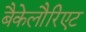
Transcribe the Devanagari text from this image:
बैकेलौरिएट